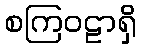
စကြဝဠာရှိ